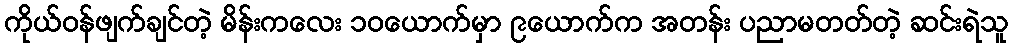
ကိုယ်ဝန်ဖျက်ချင်တဲ့ မိန်းကလေး ၁၀ယောက်မှာ ၉ယောက်က အတန်း ပညာမတတ်တဲ့ ဆင်းရဲသူ